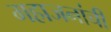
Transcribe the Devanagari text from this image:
महाजनांची